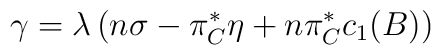
\gamma = \lambda\left( n\sigma - \pi_{C}^* \eta + n \pi_{C}^* c_1(B) \right)